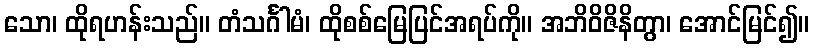
သော၊ ထိုရဟန်းသည်။ တံသင်္ဂါမံ၊ ထိုစစ်မြေပြင်အရပ်ကို။ အဘိဝိဇိနိတွာ၊ အောင်မြင်၍။